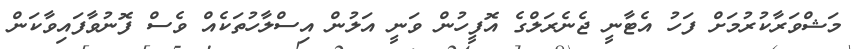
މަޝްވަރާކުރުމަށް ފަހު އެޓާނީ ޖެނެރަލްގެ އޮފީހުން ވަަނީ އަލުން އިސްލާހުތަކެއް ވެސް ފޮނުވާފައިވާކަން